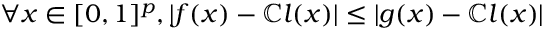
\forall x \in [ 0 , 1 ] ^ { p } , | f ( x ) - \mathbb { C } l ( x ) | \leq | g ( x ) - \mathbb { C } l ( x ) |